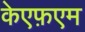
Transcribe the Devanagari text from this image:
केएफ़एम